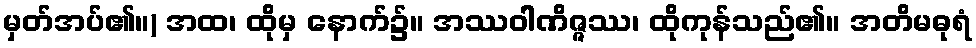
မှတ်အပ်၏။) အထ၊ ထိုမှ နောက်၌။ အဿဝါဏိဇ္ဇဿ၊ ထိုကုန်သည်၏။ အတိမဓုရံ